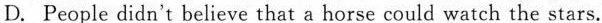
D. People didn't believe that a horse could watch the stars.